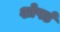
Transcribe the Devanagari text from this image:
शोपर्ड